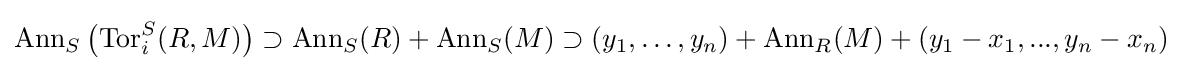
\operatorname {Ann} _{S}\left(\operatorname {Tor} _{i}^{S}(R,M)\right)\supset \operatorname {Ann} _{S}(R)+\operatorname {Ann} _{S}(M)\supset (y_{1},\dots ,y_{n})+\operatorname {Ann} _{R}(M)+(y_{1}-x_{1},...,y_{n}-x_{n})